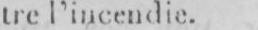
tre l’incendie.